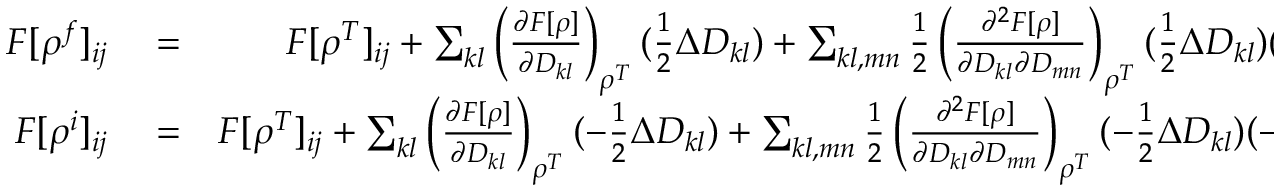
\begin{array} { r l r } { F [ \rho ^ { f } ] _ { i j } } & { { } = } & { F [ \rho ^ { T } ] _ { i j } + \sum _ { k l } \left( \frac { \partial F [ \rho ] } { \partial D _ { k l } } \right) _ { \rho ^ { T } } ( \frac { 1 } { 2 } \Delta D _ { k l } ) + \sum _ { k l , m n } \frac { 1 } { 2 } \left( \frac { \partial ^ { 2 } F [ \rho ] } { \partial D _ { k l } \partial D _ { m n } } \right) _ { \rho ^ { T } } ( \frac { 1 } { 2 } \Delta D _ { k l } ) ( \frac { 1 } { 2 } \Delta D _ { m n } ) } \\ { F [ \rho ^ { i } ] _ { i j } } & { { } = } & { F [ \rho ^ { T } ] _ { i j } + \sum _ { k l } \left( \frac { \partial F [ \rho ] } { \partial D _ { k l } } \right) _ { \rho ^ { T } } ( - \frac { 1 } { 2 } \Delta D _ { k l } ) + \sum _ { k l , m n } \frac { 1 } { 2 } \left( \frac { \partial ^ { 2 } F [ \rho ] } { \partial D _ { k l } \partial D _ { m n } } \right) _ { \rho ^ { T } } ( - \frac { 1 } { 2 } \Delta D _ { k l } ) ( - \frac { 1 } { 2 } \Delta D _ { m n } ) } \end{array}